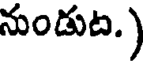
నుండుట.)